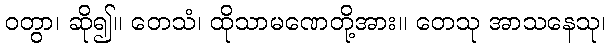
ဝတွာ၊ ဆို၍။ တေသံ၊ ထိုသာမဏေတို့အား။ တေသု အာသနေသု၊